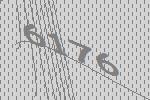
6176